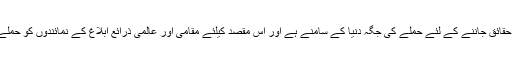
اجلاس کو بتایا گیا کہ زمینی حقائق جاننے کے لئے حملے کی جگہ دنیا کے سامنے ہے اور اس مقصد کیلئے مقامی اور عالمی ذرائع ابلاغ کے نمائندوں کو حملے کی جگہ لے جایا جارہا ہے۔